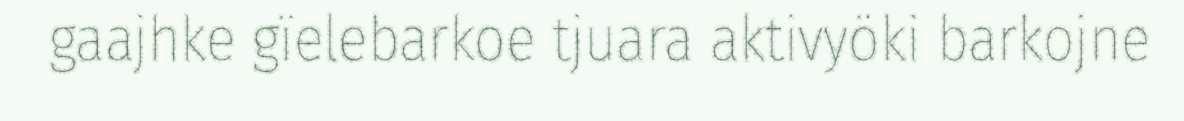
gaajhke gïelebarkoe tjuara aktivyöki barkojne